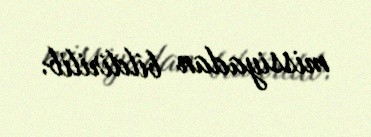
missiyadan bildirilib.